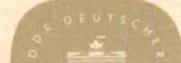
DDR DEUTSCHER